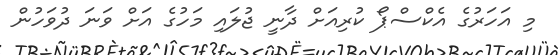
މި އަހަރުގެ އެކްސްޕޯ ކުރިއަށް ދާނީ ޖުލައި މަހުގެ އަށް ވަނަ ދުވަހުން